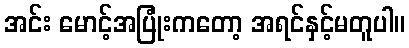
အင်း မောင့်အပြုံးကတော့ အရင်နှင့်မတူပါ။